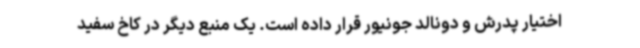
اختیار پدرش و دونالد جونیور قرار داده است. یک منبع دیگر در کاخ سفید